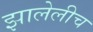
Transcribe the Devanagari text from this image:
झालेलीच